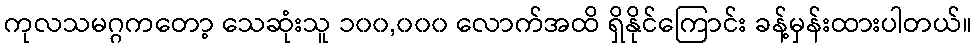
ကုလသမဂ္ဂကတော့ သေဆုံးသူ ၁၀၀,၀၀၀ လောက်အထိ ရှိနိုင်ကြောင်း ခန့်မှန်းထားပါတယ်။